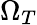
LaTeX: \Omega_{T}